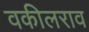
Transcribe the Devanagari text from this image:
वकीलराव